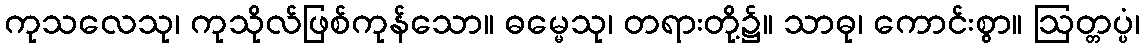
ကုသလေသု၊ ကုသိုလ်ဖြစ်ကုန်သော။ ဓမ္မေသု၊ တရားတို့၌။ သာဓု၊ ကောင်းစွာ။ ဩတ္တပ္ပံ၊